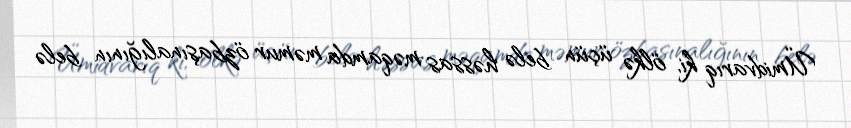
Ümidvarıq ki, ölkə üçün belə həssas məqamda məmur özbaşınalığının belə